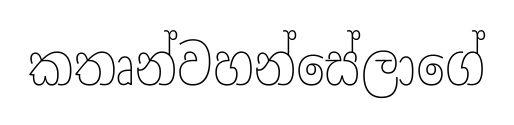
කතෘන්වහන්සේලාගේ